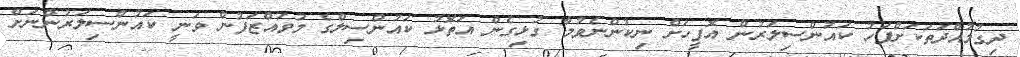
ދިގުމުއްދަތަކަށްފަހު ކައުންސިލަރުން އޮފީހަށް ނިކުންނެވުމާ ގުޅިގެން އަތޮޅު ކައުންސިލްގެ މުވައްޒަފުން ވަނީ ކައުންސިލަރުންނަށް